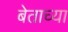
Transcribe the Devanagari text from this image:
बेताच्या